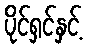
ပိုင်ရှင်နှင့်